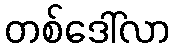
တစ်ဒေါ်လာ